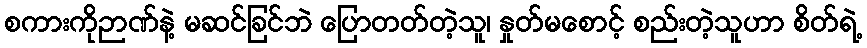
စကားကိုဉာဏ်နဲ့ မဆင်ခြင်ဘဲ ပြောတတ်တဲ့သူ၊ နှုတ်မစောင့် စည်းတဲ့သူဟာ စိတ်ရဲ့